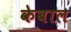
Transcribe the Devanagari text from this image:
केबाल